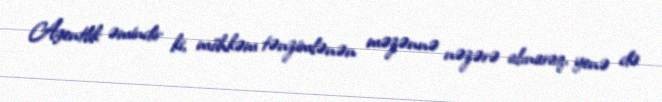
Agentlik əmindir ki, möhkəm tənzimlənən məzənnə nəzərə alınaraq, yenə də